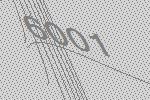
6001